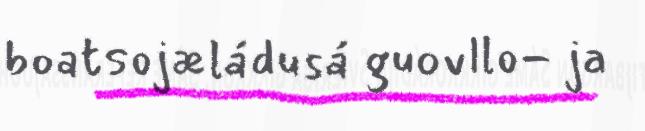
boatsojæládusá guovllo- ja